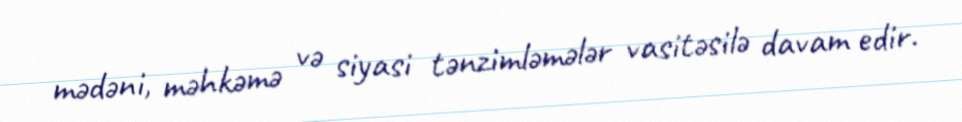
mədəni, məhkəmə və siyasi tənzimləmələr vasitəsilə davam edir.